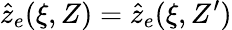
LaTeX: \hat{z}_{e}(\xi,Z)=\hat{z}_{e}(\xi,Z^{\prime})